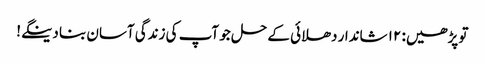
تو پڑھیں: ۱۲ شاندار دھلائی کے حل جو آپ کی زندگی آسان بنا دینگے!